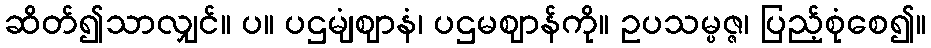
ဆိတ်၍သာလျှင်။ ပ။ ပဌမျံဈာနံ၊ ပဌမဈာန်ကို။ ဥပသမ္ပဇ္ဇ၊ ပြည့်စုံစေ၍။